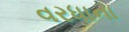
વરધાના